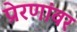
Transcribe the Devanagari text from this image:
प्रेरणांवर